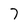
Character: 7